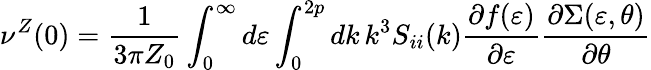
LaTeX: \nu^{Z}(0)=\frac{1}{3\pi Z_{0}}\int_{0}^{\infty}d\varepsilon\int_{0}^{2p}dk\, k^{3}S_{ii}(k)\frac{\partial f(\varepsilon)}{\partial\varepsilon}\frac{\partial\Sigma(\varepsilon,\theta)}{\partial\theta}